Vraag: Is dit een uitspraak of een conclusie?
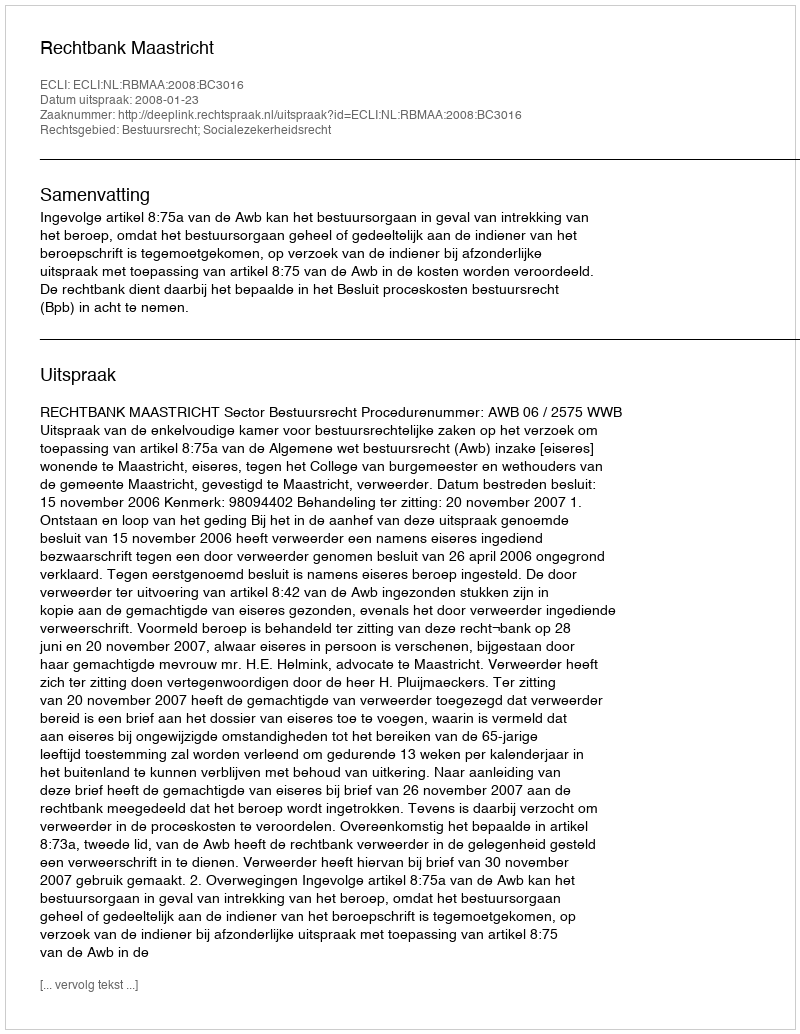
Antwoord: Uitspraak